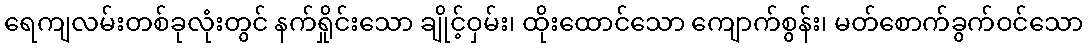
ရေကျလမ်းတစ်ခုလုံးတွင် နက်ရှိုင်းသော ချိုင့်ဝှမ်း၊ ထိုးထောင်သော ကျောက်စွန်း၊ မတ်စောက်ခွက်ဝင်သော